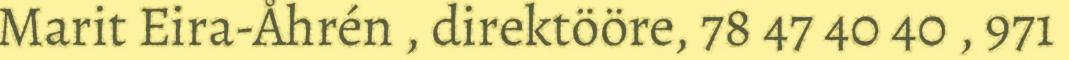
Marit Eira-Åhrén , direktööre, 78 47 40 40 , 971